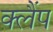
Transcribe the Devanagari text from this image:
क्‍लैंप